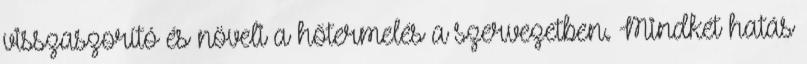
visszaszorító és növeli a hőtermelés a szervezetben. Mindkét hatás